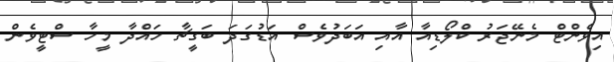
އިވެންޓް މެނޭޖަރު ކްލޯޑިއާ އާއި އަބަދުވެސް އަޑުގަދަ ބަގީޗާ ހައްދާ މީހާ ސްޓީވެން